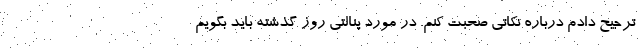
ترجیح دادم درباره نکاتی صحبت کنم. در مورد پنالتی روز گذشته باید بگویم